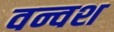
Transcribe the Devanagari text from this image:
वन्वश